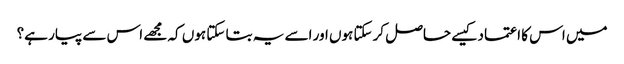
میں اس کا اعتماد کیسے حاصل کرسکتا ہوں اور اسے یہ بتا سکتا ہوں کہ مجھے اس سے پیار ہے؟